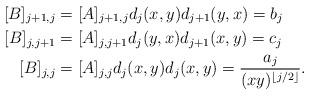
LaTeX: \begin{align*} [B]_{j+1,j}&=[A]_{j+1,j}d_{j}(x,y)d_{j+1}(y,x) = b_j \\ [B]_{j,j+1}&=[A]_{j,j+1}d_{j}(y,x)d_{j+1}(x,y) = c_j\\ [B]_{j,j}& = [A]_{j,j}d_{j}(x,y)d_j(x,y)=\frac{a_j}{(xy)^{\lfloor j/2\rfloor}}.\end{align*}